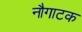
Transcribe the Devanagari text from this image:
नौगाटक